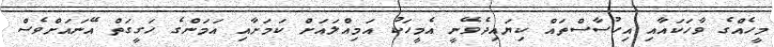
މީހެއްގެ ވާހަކައާއި އިހުސާސްތައް ކިޔައިދެވޭނީ އެމީހަކު އަމިއްލައަށް ކަމަށާއި އަމަންގެ ހަގީގަތް އޭނައަށްވެސް